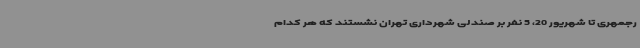
رجمهری تا شهریور 20، 5 نفر بر صندلی شهرداری تهران نشستند که هر کدام